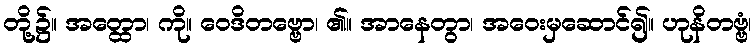
တို့၌။ အတ္ထော၊ ကို။ ဝေဒိတဗ္ဗော၊ ၏။ အာနေတွာ၊ အဝေးမှဆောင်၍။ ဟုနိတဗ္ဗံ၊